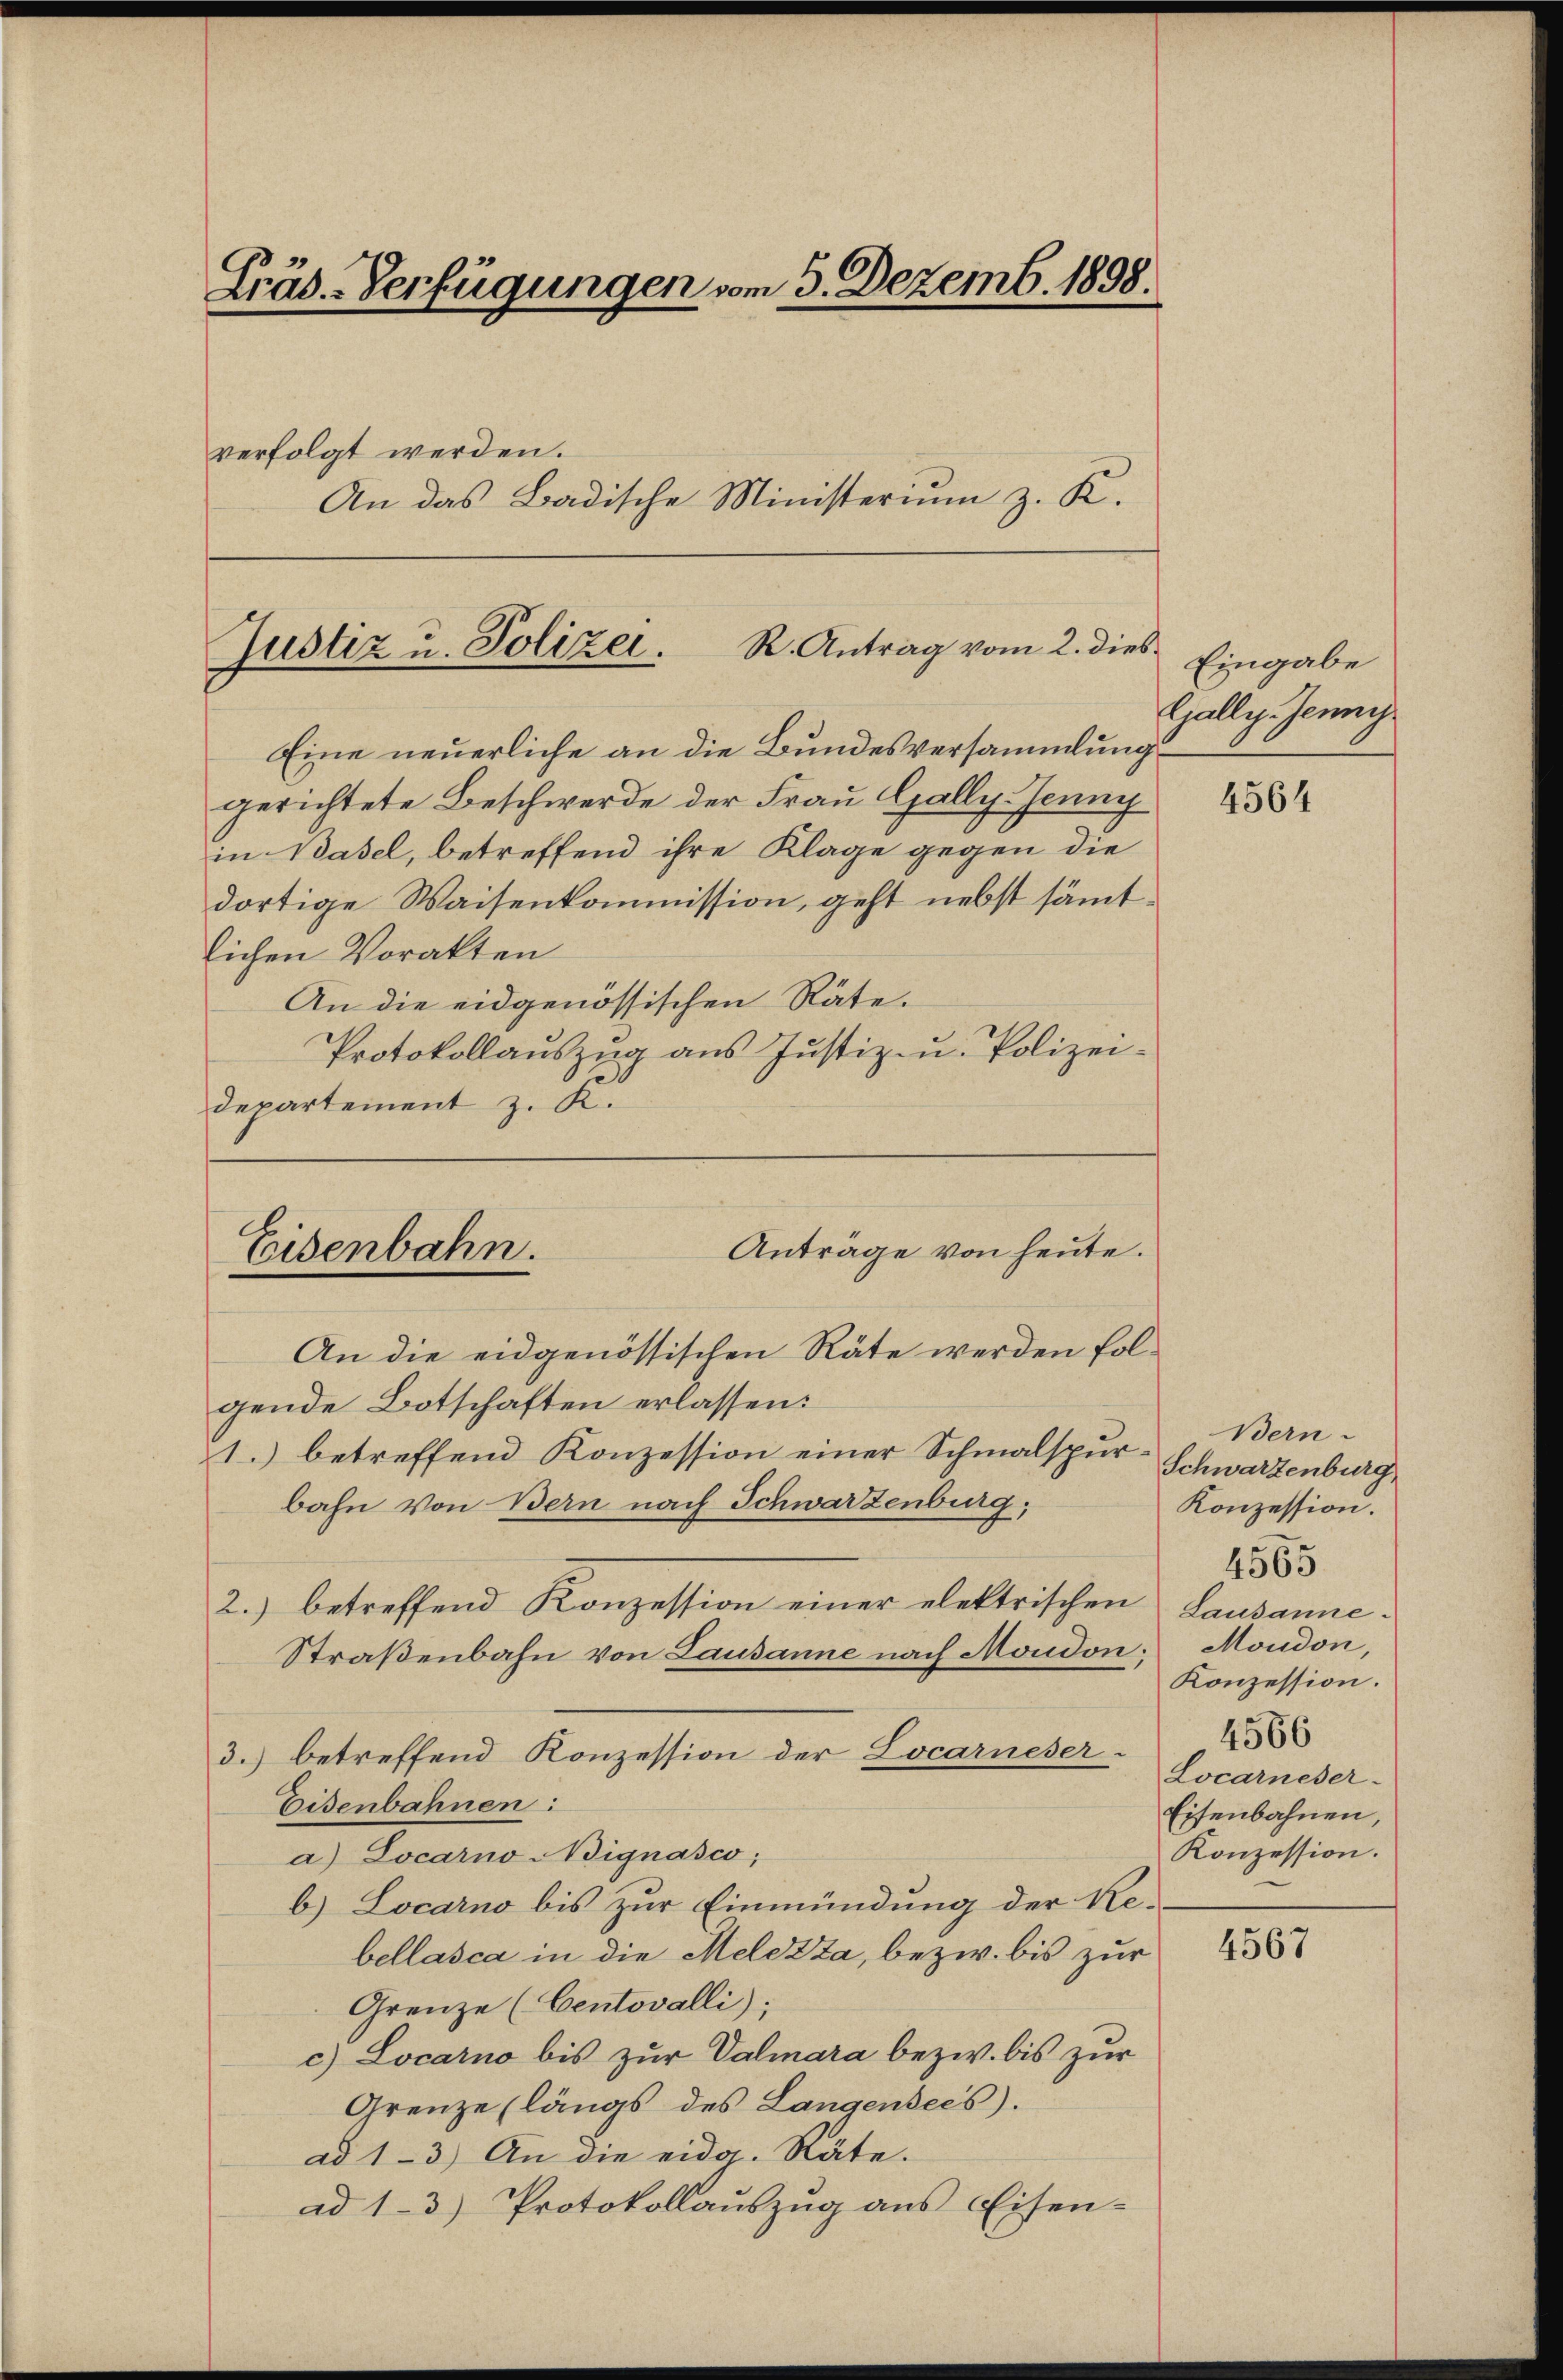
Präs.-Verfügungen vom 5. Dezemb. 1898.

verfolgt werden.
An das Badische Ministerium z. K.

Eine neuerliche an die Bundesversammlung
gerichtete Beschwerde der Frau Gally. Jenny
in Basel, betreffend ihre Klage gegen die
dortige Waisenkommission, geht nebst sämmtlichen Vorakten
An die eidgenössischen Räte.
Protokollauszug aus Justiz- u. Polizei-
Departement z. K.
An die eidgenössischen Räte werden fol-
gende Botschaften erlassen:
1.) betreffend Konzession einer Schmalspur-Schwarzenburg,
bahn von Bern nach Schwarzenburg,
2.) betreffend Konzession einer elektrischen
Straßenbahn von Lausanne nach Moudon; Moudon,
3.) betreffend Konzession der Locarneser-
Eisenbahnen:
a) Locarno Aignasco,
b) Locarno bis zur Einmündung der Re-
bellasca in die Meldsta, bezw. bis zur
Grenze (Centovalli);
c) Locarno bis zur Valmara bezw. bis zur
Grenze (längs des Langensees).
ad 1-3.) An die eidg. Räte.
ad 1-3.) Protokollauszug aus Eisen-

Justiz u. Polizei. R. Antrag vom 2. dies

Anträge von heute.
Eisenbahn.

Eingabe
Galle. Jenny

4564

Bern.
Konzession.
4565
Lausanne.
Konzession.
4566
Locarneser-
Eisenbahnen,
Konzession.

4567